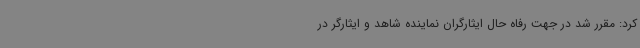
کرد: مقرر شد در جهت رفاه حال ایثارگران نماینده شاهد و ایثارگر در